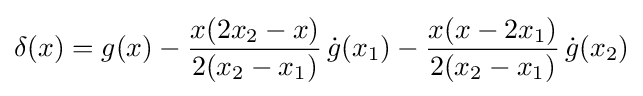
\delta (x)=g(x)-{\dfrac {x(2x_{2}-x)}{2(x_{2}-x_{1})}}\,{\dot {g}}(x_{1})-{\dfrac {x(x-2x_{1})}{2(x_{2}-x_{1})}}\,{\dot {g}}(x_{2})